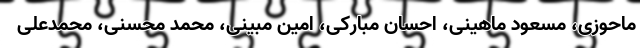
ماحوزی، مسعود ماهینی، احسان مبارکی، امین مبینی، محمد محسنی، محمدعلی